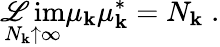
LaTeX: \operatorname*{\mathscr{L}im}_{N_{\mathbf{k}}\uparrow\infty}\mu_{\mathbf{k}}\mu_{\mathbf{k}}^{\ast}=N_{\mathbf{k}}\; .